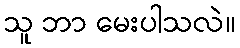
သူ ဘာ မေးပါသလဲ။